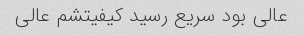
عالی بود سریع رسید کیفیتشم عالی